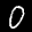
Label: 0